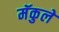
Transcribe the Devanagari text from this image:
मॅकुले